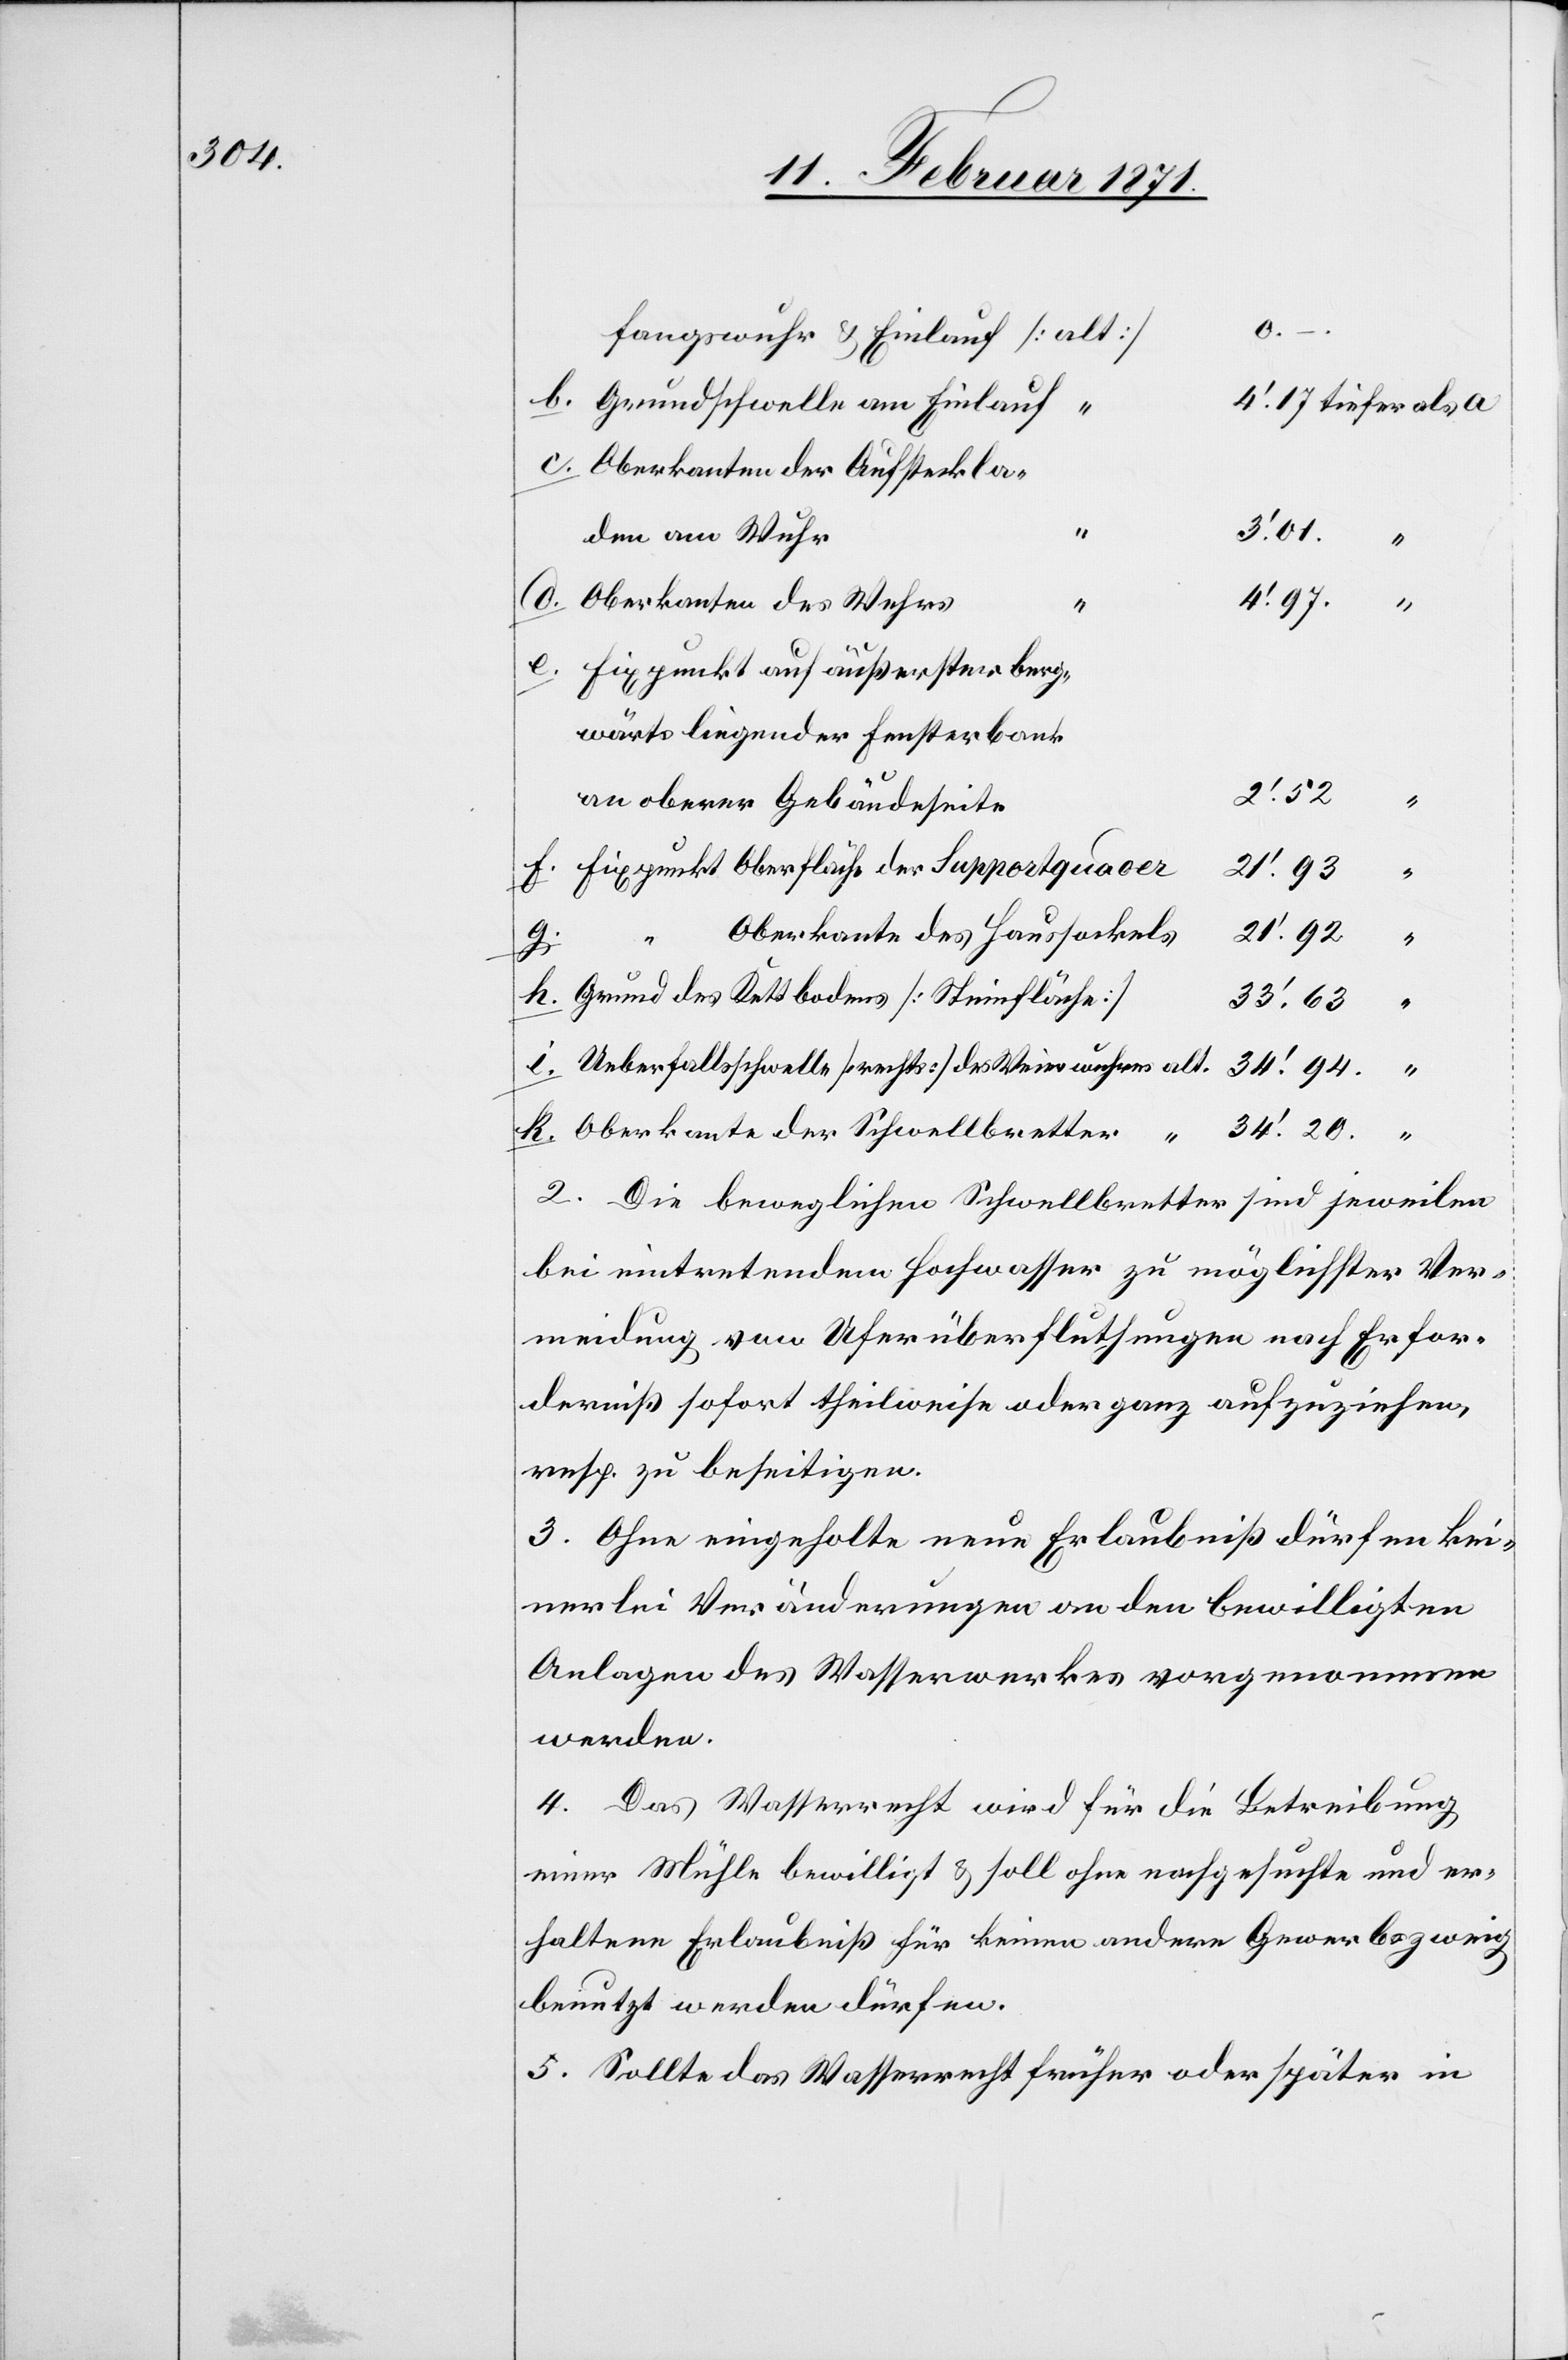
fangswuhr u. Einlauf [alt]
Grundschwelle am Einlauf
Oberkanten der Aufsteckla¬
0.–
Fixpunkt auf äußerster berg-
wärts liegender Fensterbank
2‘.52
“
an oberer Gebäudeseite
Fixpunkt Oberfläche der Supportquader
21‘.92
wellbr¬
Oberkante des Haussockels
h.
Grund des Kettbodens [Steinfläche]
33‘.63
34‘.20.
“
Ueberfallsschwelle [rechts] des Weierwuhres alt.
2. Die beweglichen Schwellbretter sind jeweilen
bei eintretendem Hochwasser zu möglichster Ver¬
meidung von Uferüberfluthungen nach Erfor¬
derniß sofort theilweise oder ganz aufzuziehen,
resp. zu beseitigen.
3. Ohne eingeholte neue Erlaubniß dürfen kei¬
nerlei Veränderungen an den bewilligten
Anlagen des Wasserwerkes vorgenommen
werden.
4. Das Wasserrecht wird für die Betreibung
einer Mühle bewilligt u. soll ohne nachgesucht und er¬
haltene Erlaubniß für keinen andern Gewerbezweig
benutzt werden dürfen.
5. Sollte das Wasserrecht früher oder später in